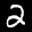
Label: 2